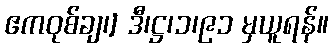
ဧကဝုစ်ချ၊] ဒီ၊ဋ္ဌ၊၁၊၉၁ မှယူရန်။